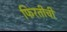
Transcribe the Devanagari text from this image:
फिरतीची